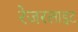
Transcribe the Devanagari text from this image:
रेजरलाइट